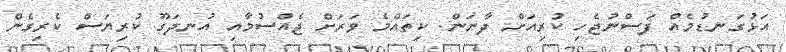
އަޅުގަނޑުމެއް ފަސްނުޖެހި ކުރިއަށް ދާނަން. ކިތައްމެ ވަރަށް ޖެއްސުމާއި އުނދަގޫ ކުރިޔަސް ކެރިގެން